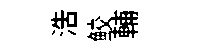
浩鲛輔